Sanitation, dispensaries and jails vaccination Rajputana 1922-1927 - 1922-1927
Year: 1922
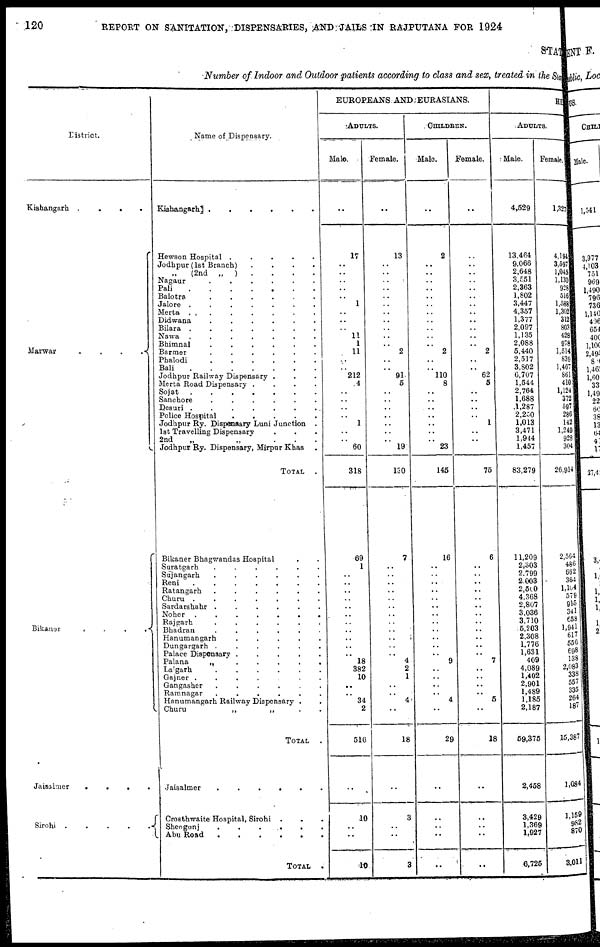
120
REPORT ON SANITATION, DISPENSARIES, AND JAILS IN RAJPUTANA FOR 1924
STATE
Number of Indoor and Outdoor patients according to class and sex, treated in the Sta
District.
Kishangarh .
.
.
.
Marwar
.
.
.
. .
Bikaner
.
.
.
.
Jaisalimer
....
Sirohi
......
Name of Dispensary.
Hewson Hospital
.....
Jodhpur( 1st Branch)
....
(2nd „
) . . . .
Nagaur
Pali
Balotra
......
Jalore
.......
Merta . .
Didwana
......
Bilara
.......
Nawa
.......
Bhimnal
......
Barmer
......
Phalodi
Bali
Jodhpur Railway Dispensary .
Merta Road Dispensary
....
Sojat
.......
Sanchore
......
Desuri .
Police Hospital
.....
Jodhpur Ry. Dispensary Luni Junction .
1st Travelling Dispensary
2nd
„
„
...
Jodhpur Ry. Dispensary, Mirpur Khas
TOTAL
.
Bikaner Bhagwandas Hospital . .
Suratgarh
......
Sujangarh
......
Reni
. . . . .
Ratangarh
......
Churu
.......
Sardarshahr
......
Noher
.......
Rajgarh
......
Bhadran
......
Hanumangarh
.
Dungargarh
......
Palace Dispensary .
Palana
„
.
Lalgarh
Gajner ....
.
.
Gangasher
......
Ramnagar
......
Hanumangarh Railway Dispensary .
Churu
„
„
TOTAL
.
Jaisalmer
......
Crosthwaite Hospital, Sirohi .
Sheogunj
......
Abu Road
TOTAL
EUROPEANS AND EURASIANS.
ADULTS.
Male.
17
..
..
..
..
..
1
..
..
..
11
1
11
..
..
212
4
..
..
..
..
1
..
..
60
318
69
1
..
..
..
.. ..
..
..
..
..
..
..
18
382
10
..
..
34
2
516
..
10
..
..
10
Female.
..
13
..
..
..
..
..
..
..
..
..
..
..
2
..
..
91
5
..
..
..
..
..
..
..
19
130
7
..
..
..
..
.. ..
..
..
..
..
..
..
4
2
1
..
..
4
..
18
..
3
..
..
3
CHILDREN.
Male.
..
2
..
..
..
..
..
..
..
..
..
..
..
2
..
..
110 8
..
..
..
..
..
..
..
23
145
16
..
..
..
..
..
..
..
..
..
..
..
..
9
..
..
..
..
4
..
29
..
..
..
..
..
Female.
..
..
..
..
..
..
..
..
..
..
..
..
..
2
..
..
62
5
..
..
..
..
1
..
..
..
75
6
..
..
..
..
..
..
..
..
..
..
..
..
7
..
..
..
..
5
..
18
..
..
..
..
..
HIN
ADULTS.
Male.
4,529
13,464
9,066
2,648
3,551
2,363
1,802
3,447
4,357
1,377
2,097
1,135
2,088
5,440
2,517
3,802
6,707
1,544
2,764
1,688
1,287
2,250
1,013
3,471
1,944
1,457
83,279
11,209
2,303
2,799
2,003
2,500
4,368
2,807
3,036
3,710
5,203
2,308
1,776
1,631
409
4,089
1,402
2,901
1,489
1,185
2,187
59,375
2,458
3,429
1,369
1,927
6,725
Female.
1,327
4,194
3,597
1,045
1,130
928
516
l,588
1,302
312
803
428
978
1,514
839
1,467
861
410
1,124
372
597
286
142
1,249
928
304
26,914
2,564
486
662
364
1,104
579
915
341
658
1,941
617
556
698 138
2,083
338
557
335
264
187
15,387
1,084
1,159
982
870
3,011